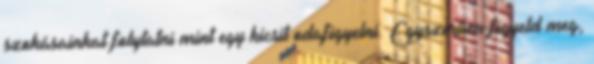
szokásainkat folytatni mint egy kicsit odafigyelni. Egyszerûen figyeld meg,